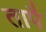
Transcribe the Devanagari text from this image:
तापै